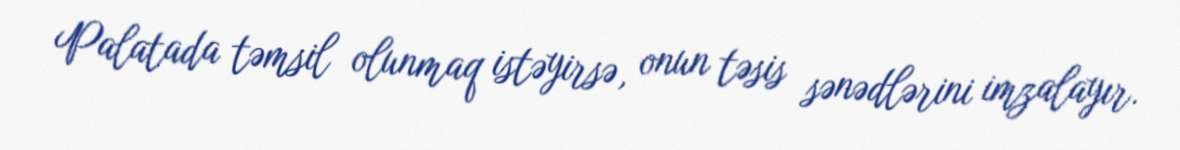
Palatada təmsil olunmaq istəyirsə, onun təsis sənədlərini imzalayır.